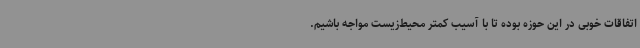
اتفاقات خوبی در این حوزه بوده تا با آسیب کمتر محیط‌زیست مواجه باشیم.